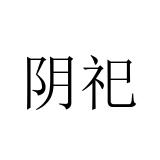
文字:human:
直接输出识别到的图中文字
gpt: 阴祀